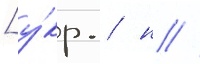
[у́кр. / н //